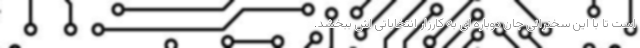
است تا با این سخنرانی جان دوباره ای به کارزار انتخاباتی اش ببخشد.